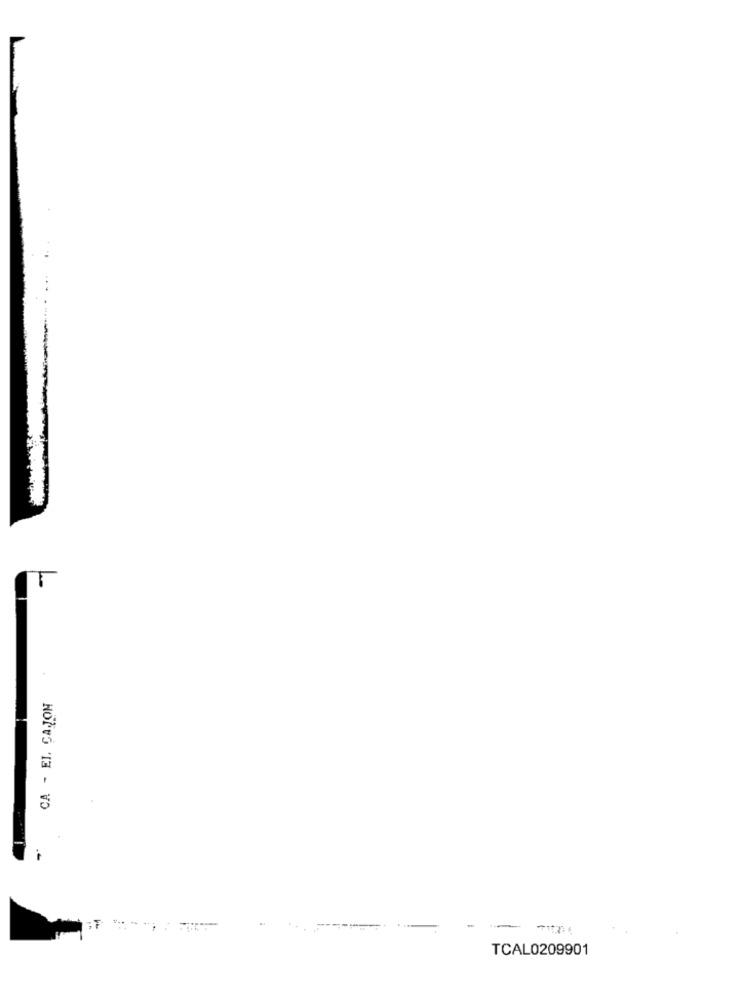
CA - EL CAJON
TCAL0209901